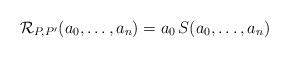
LaTeX: \begin{align*}{\mathcal R}_{P,P'}(a_0,\ldots ,a_n) = a_0\, S(a_0, \dots , a_n)\end{align*}